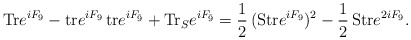
\begin{align*}{\rm Tr} e^{i F_9} - {\rm tr} e^{i F_9}\,{\rm tr} e^{i F_{\bar9}} + {\rm Tr}_S e^{i F_{\bar9}} = {1\over2}\, ({\rm Str} e^{i F_9})^2 - {1\over 2}\,{\rm Str} e^{2i F_9}.\end{align*}